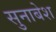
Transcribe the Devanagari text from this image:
सुनाबेश